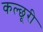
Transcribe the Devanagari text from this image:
कल्छूरी